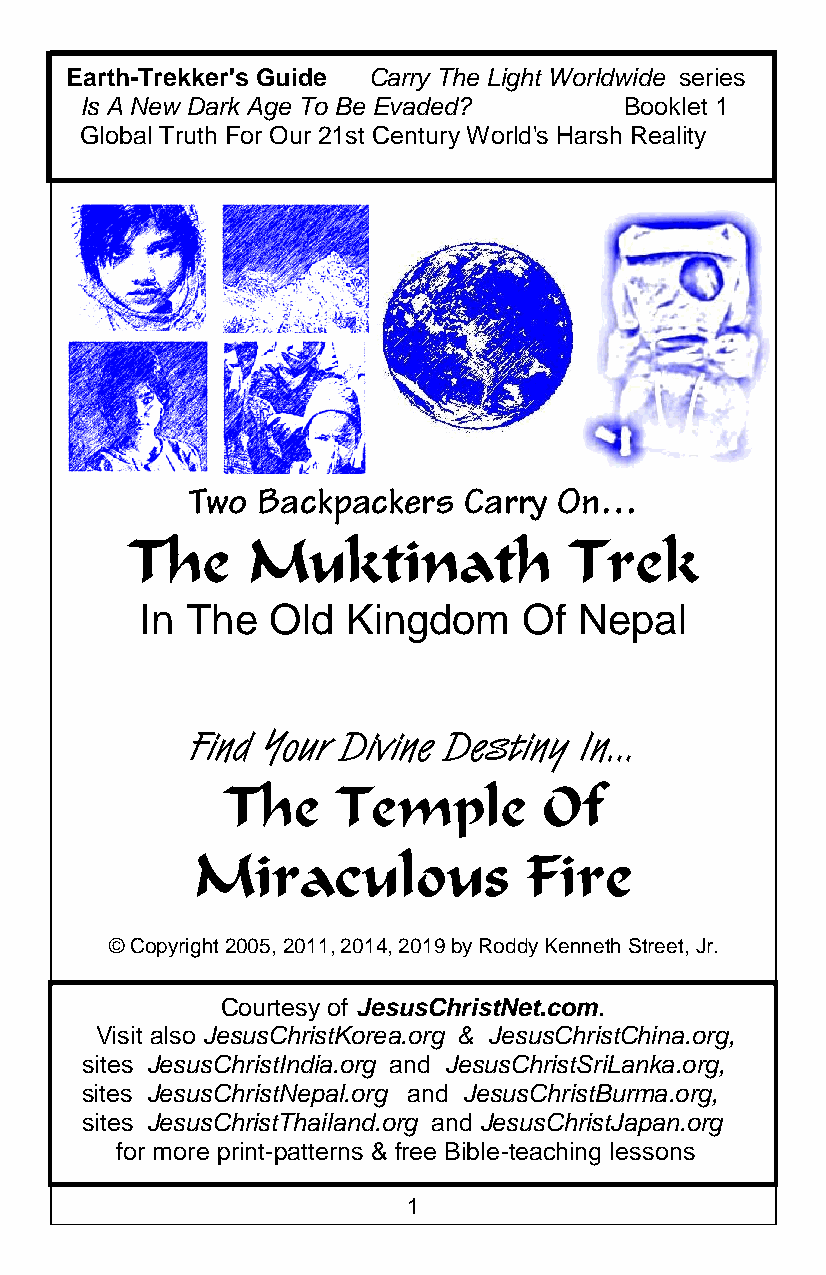
Earth-Trekker's Guide Carry The Light Worldwide series
 Is A New Dark Age To Be Evaded?     Booklet 1
 Global Truth For Our 21st Century World's Harsh Reality
 Two  Backpackers   Carry On…
 The     Muktinath             Trek
 In The   Old  Kingdom     Of Nepal
 Find Your Divine Destiny In…
 The    Temple        Of
 Miraculous            Fire
 © Copyright 2005, 2011, 2014, 20 19 by Roddy Kenneth Street, Jr.
 Courtesy of JesusChristNet.com.
 Visit also JesusChristKore a.org & JesusChristChina.org,
 sites JesusChristIndia.org and JesusChristSriLanka.org,
 sites JesusChristNepal.org and JesusChristBurma.org,
 sites JesusChristThailand.org and JesusChristJapan.org
 for more print-patterns & free Bible-teaching lessons
 1